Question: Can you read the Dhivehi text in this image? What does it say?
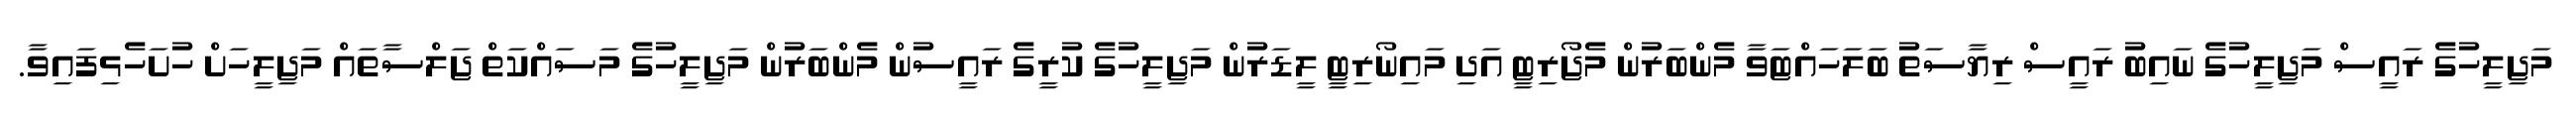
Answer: މަޖިލީހުގެ ރައީސް މަޖިލީހުގެ ނައިބު ރައީސް ރިޔާސަތު ބަލަހައްޓަވާ މެންބަރުން މެޖޯރިޓީ އަދި މައިނޯރިޓީ ލީޑަރުން މަޖިލީހުގެ ކުރީގެ ރައީސުން މެންބަރުން މަޖިލީހުގެ މަސައްކަތް ޖަލްސާތައް މަޖިލީހަށް ހުށަހެޅިފައިވާ.